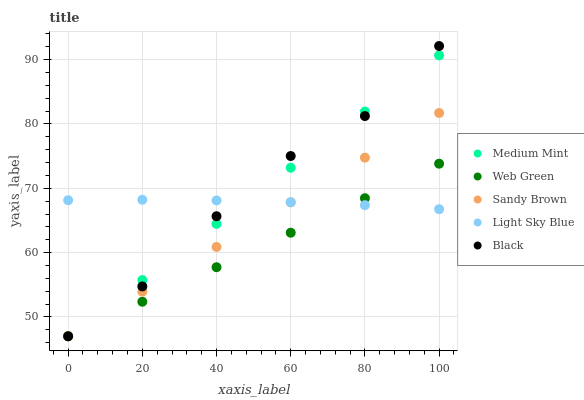
| xaxis_label | Medium Mint | Web Green | Sandy Brown | Light Sky Blue | Black |
 | --- | --- | --- | --- | --- | --- |
 | 0 | 47 | 47 | 47 | 68.2 | 47 |
 | 20 | 55.7 | 52.4 | 53.9 | 68.2 | 54.7 |
 | 40 | 64.5 | 57.7 | 60.9 | 68.1 | 65.7 |
 | 60 | 73.2 | 63.1 | 67.8 | 67.8 | 75 |
 | 80 | 81.9 | 68.5 | 74.8 | 67.4 | 81.2 |
 | 100 | 90.7 | 73.8 | 81.7 | 66.8 | 92.1 |